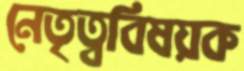
নেতৃত্ববিষয়ক